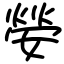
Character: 嫈